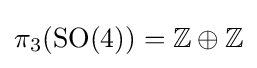
\pi _{3}(\mathrm {SO} (4))=\mathbb {Z} \oplus \mathbb {Z}